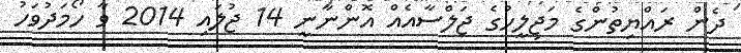
ދެން ރައްޔިތުންގެ މަޖިލީހުގެ ޖަލްސާއެއް އޮންނާނީ 14 ޖުލައި 2014 ވާ ހޯމަދުވަހު